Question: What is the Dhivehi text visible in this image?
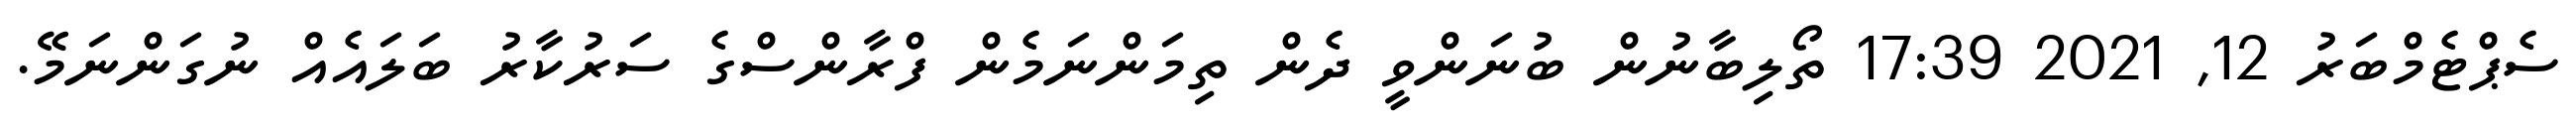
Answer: ސެޕްޓެމްބަރު 12, 2021 17:39 ތޯލިބާނުން ބުނަންވީ ދެން ތިމަންނަމެން ފްރާންސްގެ ސަރުކާރު ބަލައެއް ނުގަންނަމޭ.